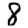
Digit: 8